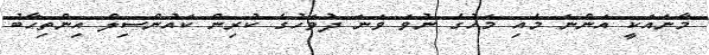
މާނައަކީ އަންނަ މެއި މަހުގެ ނުވަ ވަނަ ދުވަހުގެ ކުރިން ކައުންސިލް އިންތިހާބު